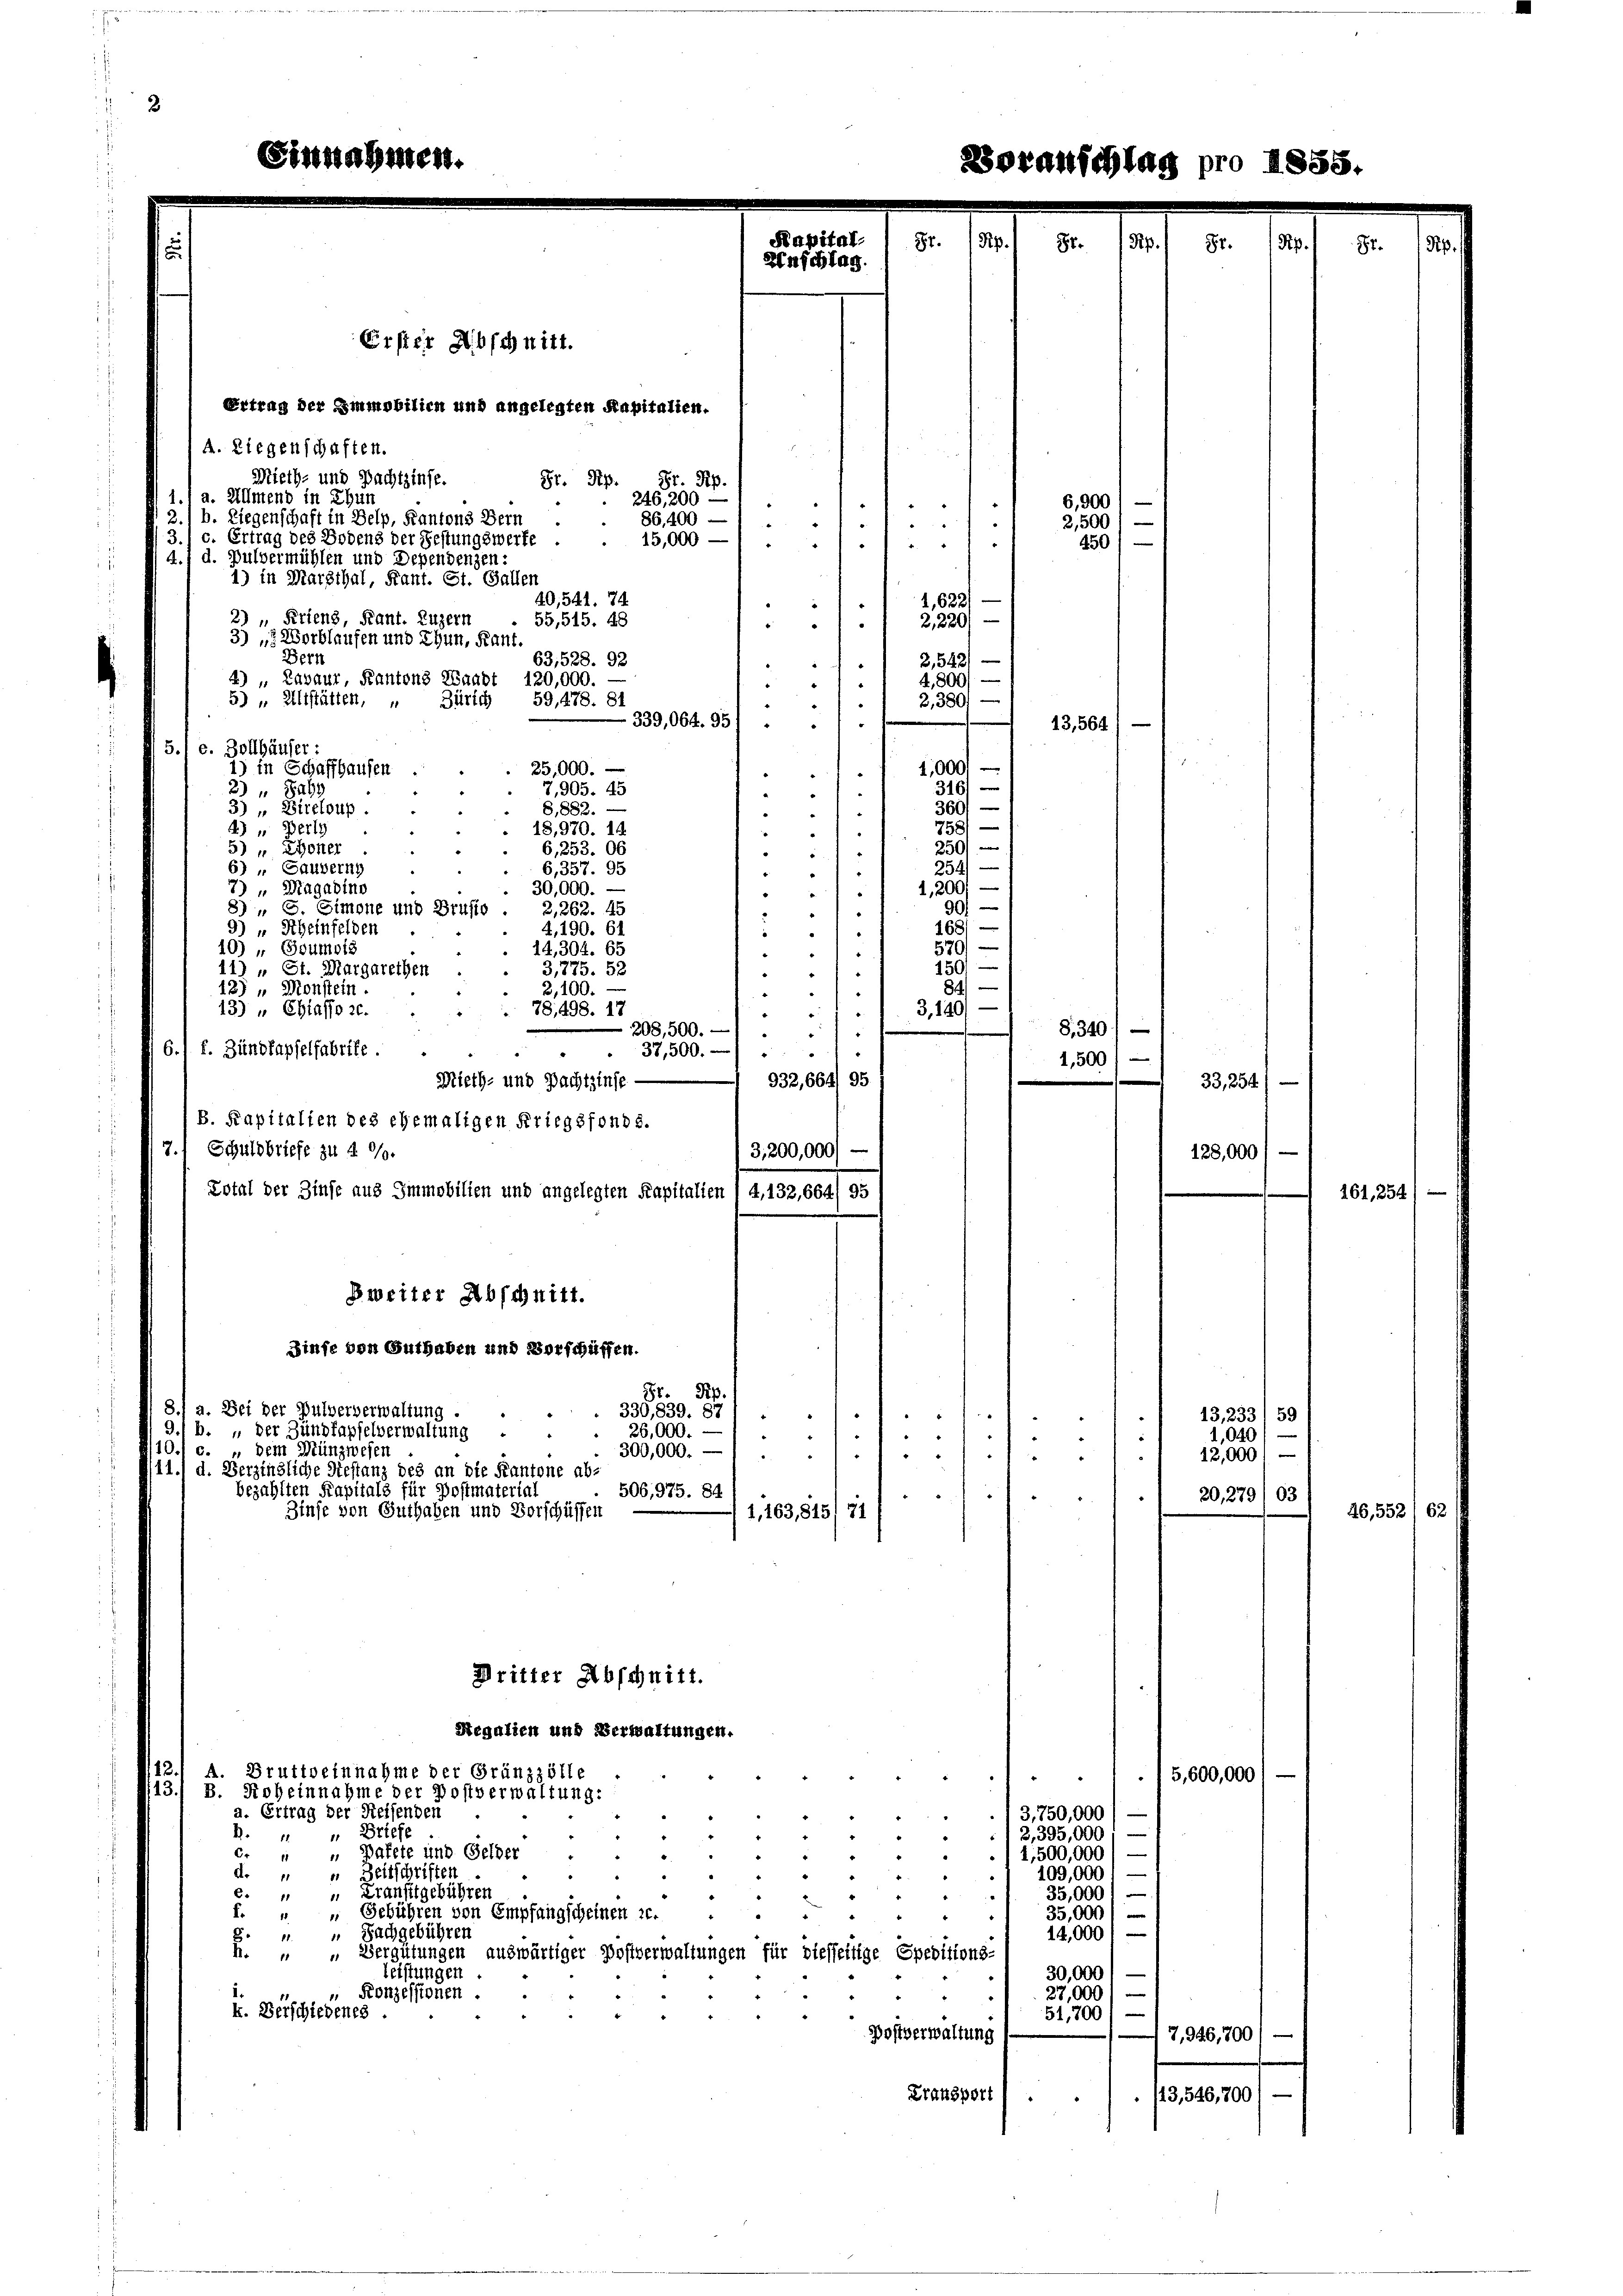
Erster Abschnitt.
Ertrag der Immobilien und angelegten Kapitalien.
A. Liegenschaften.
Mieth- und Pachtzinse.
Gr. Pip. Hr. Pip
1.1 a. Allmend in Chun
b. Liegenschaft in Belp, Kantons Berr
3., c. Ertrag des Bodens der Festungswerfe
A.1 d. Pulvermühlen und Dependenzen:
1) in Marthal, Kant. St. Gallen
40,541. 74
1,622/
2) „ Feriens, Kant. Luzern
55,515. 48
2220)
.
3
3) " Worblaufen und Thun, Kant.
Bern
63,528. 92
2,5421
d
4) „Zavaur, Kantons Waadt 120,000.
4,800/ —
¬
5) „Altstätten, „ Zürich 59,478. 81
2,380) —
339,064.95)
5.l e. Zollhäuser:
1,000
1) in Schaffhausen
 25,000.
16
7,905. 45
2) " Baby
60/
B,882.
3) „ Bireloup.
d
—
2
4.) “ Berl
 18,970. 14.
e

6, 253. 06
5) „ Thoner
"
s
6) " Gauverny
6,357. 95
d
1,200,
7) " Magadine
 30,000.
¬
s
90)
8) S. Gimone und Brusio . 2,262. 45
168/
9.) “ Scheinfelden
4,190. 61
s
s
10) " Goumois
. 14,304. 65
57.
s
9
3,775. 52
11) „ St. Margarethen
84
12) „ Monstein.
2,100.
13) „ Chiasso z.
3,140) —
78,498. 17
d
8. 340 f
 208, 500.
“
6.1 f. Zündkapfelfabrike.
37,500.
1,500
Mieth- und Pachtzinse-
332,664/ 95
B. Kapitalien des ehemaligen Kriegsfonds.
s
7.) Schuldbriefe zu 4 %%.
3,200,000) —
Lotal der Zinse aus Immobilien und angelegten Kapitalien . 4, 132,664/ 95
Bweiter Abschnitt.
Zinse von Guthaben und Vorschüffen.
Gr. Pip
8.) a. Bei der Pulververwaltung
330,839. 87
9./ b. der Zungfapfelverwaltung
26,000.
e
“
/10. c. " dem Münzwesen
300,000.
e
¬
3
11. d. Verzingliche Siestanz des an die Kantone abbezahlten Kapitals für Postmaterial
506, 975. 89
Zinse von Guthaben und Vorschüssen
11, 163,8151 71
Dritter Abschnitt.

) 5,600,000
3,750,000
R. " Briefe
/2,395,000
c. " " Pakete und Gelder
1,500,000
d. " " Zeitschriften
109,000 :
¬
e. " " Cranftgebühren
35,000
35,000
f. " " Gebühren von Empfangscheinen 20.
  Sachgebühren
14,0001 —
u. „ „Vergütungen auswärtiger Postverwaltungen für dießseitige Speditions-
leistungen.
30,000
27,000
„ Konzessionen.
k. Verschiedenes.
.
51,700/
Postverwaltung
7,926,700
Transport
/13,546,700

Segalien und Verwaltungen.
3.1 A. Bruttoeinnahme der Gränzzölle
3.) B. Roheinnahme der Postverwaltung:
a. Ertrag der Reisenden

246,200
6,900
¬
86,400 —
2,500
d
15,000
e
.
4501—

13,564

33,254)
128,000)

261

13,233/ 59
1,040
12,000.
20, 279) 63
46,552)